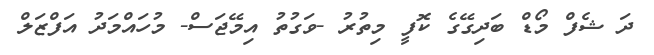
ދަ ޝެފް މޯޑް ބަދިގޭގެ ކޮފީ މިތުރު -ވަގުތު އިމޭޖަސް- މުހައްމަދު އަފްޒަލް